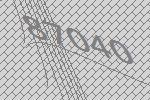
87040